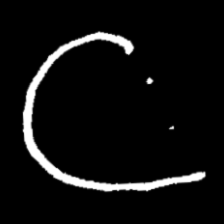
Pyu character \u2014 Myanmar letter: ဋ (romanized: tta)